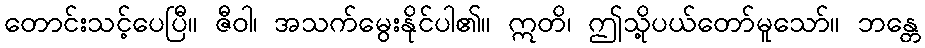
တောင်းသင့်ပေပြီ။ ဇီဝါ၊ အသက်မွေးနိုင်ပါ၏။ ဣတိ၊ ဤသို့ပယ်တော်မူသော်။ ဘန္တေ